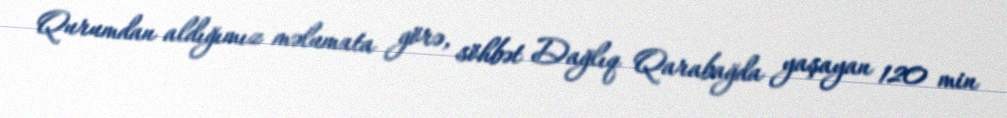
Qurumdan aldığımız məlumata görə, söhbət Dağlıq Qarabağda yaşayan 120 min